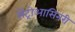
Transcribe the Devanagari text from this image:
सेंट्रोआसिनरी